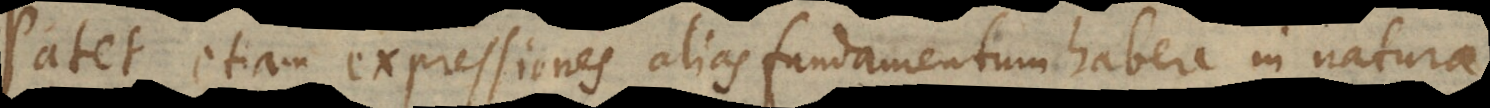
Patet etiam expressiones alias fundamentum habere in natura,